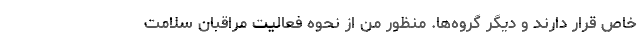
خاص قرار دارند و دیگر گروه‌ها. منظور من از نحوه فعالیت مراقبان سلامت